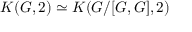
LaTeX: K ( G , 2 ) \simeq K ( G / [ G , G ] , 2 )